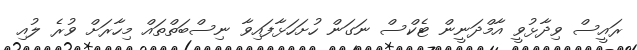
ރައީސް ވިދާޅުވީ އާމްދަނީން ޓެކްސް ނަގަން ހުށަހަޅާފައިވާ ނިސްބަތްތައް މިހާރަށް ވުރެ ލުއި